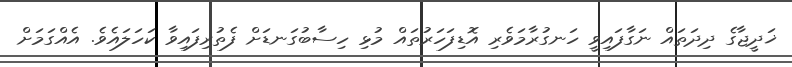
ޚަދީޖާގެ ދިދަތައް ނަގާފައިވީ ހަނގުރާމަވެރި އޮޑިފަހަރުތައް މުޅި ހިސާބުގަނޑަށް ފެތުރިފައިވާ ކަހަލައެވެ. އެއްގަމަށް